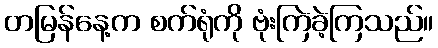
တမြန်နေ့က စက်ရုံကို ဗုံးကြဲခဲ့ကြသည်။